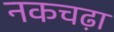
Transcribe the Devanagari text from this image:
नकचढ़ा